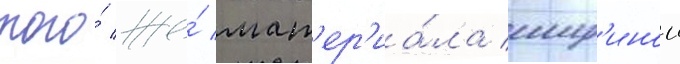
того́ же́ мат'ер'иа́ла шир'инои